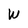
Character: W